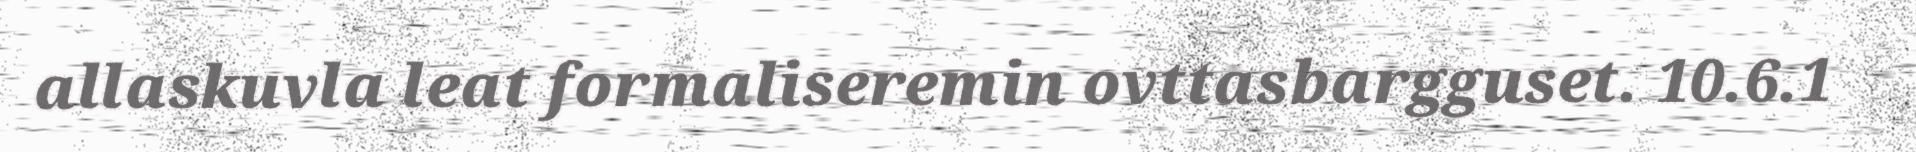
allaskuvla leat formaliseremin ovttasbargguset. 10.6.1